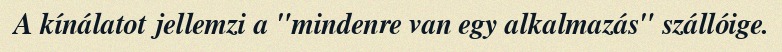
A kínálatot jellemzi a "mindenre van egy alkalmazás" szállóige.